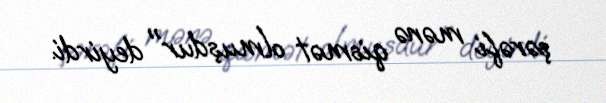
şərəfi mənə qismət olmuşdur" deyirdi.